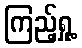
ကြည့်ရှု့